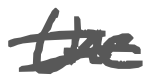
Text: the
Cross-out: double-line
Writing tool: digital_gray